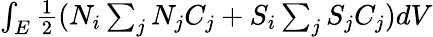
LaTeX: \begin{array}{r}{\int_{E}\frac{1}{2}(N_{i}\sum_{j}N_{j}C_{j}+S_{i}\sum_{j}S_{j}C_{j})dV}\end{array}